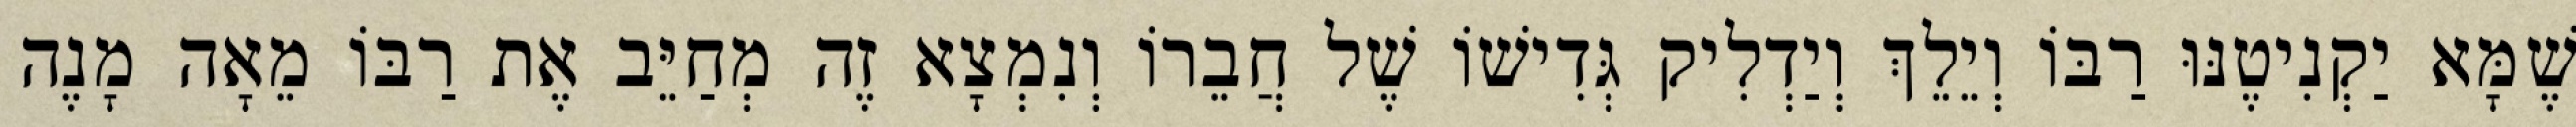
שֶׁמָּא יַקְנִיטֶנּוּ רַבּוֹ וְיֵלֵךְ וְיַדְלִיק גְּדִישׁוֹ שֶׁל חֲבֵרוֹ וְנִמְצָא זֶה מְחַיֵּב אֶת רַבּוֹ מֵאָה מָנֶה